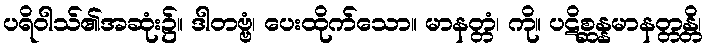
ပရိဝါသ်၏အဆုံး၌။ ဒါတဗ္ဗံ၊ ပေးထိုက်သော။ မာနတ္တံ၊ ကို။ ပဋိစ္ဆန္နမာနတ္တန္တိ၊